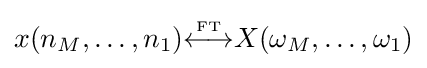
x(n_{M},\ldots ,n_{1}){\overset {\underset {\mathrm {FT} }{}}{\longleftrightarrow }}X(\omega _{M},\ldots ,\omega _{1})